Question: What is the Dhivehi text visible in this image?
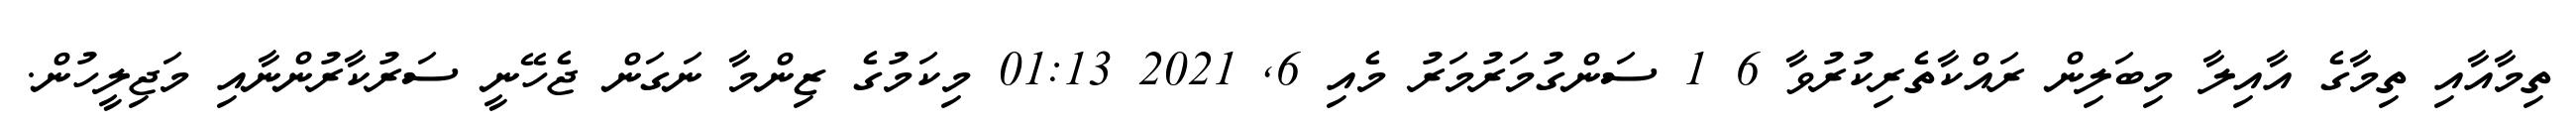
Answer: ތިމާއާއި ތިމާގެ އާއިލާ މިބަލިން ރައްކާތެރިކުރުވާ 6 1 ސަންގުމަރުމަރު މެއި 6, 2021 01:13 މިކަމުގެ ޒިންމާ ނަގަން ޖެހޭނީ ސަރުކާރުންނާއި މަޖިލީހުން.